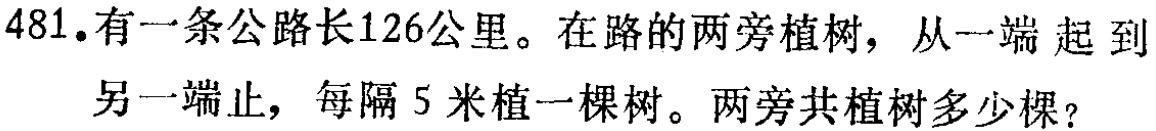
481.有一条公路长126公里。在路的两旁植树，从一端起到

另一端止，每隔5米植一棵树。两旁共植树多少棵？